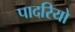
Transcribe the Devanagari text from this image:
पादरियो